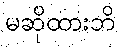
မဆိုထားဘိ